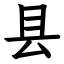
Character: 县